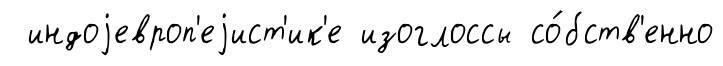
индоjевроп'еjист'ик'е изоглоссы со́бств'енно